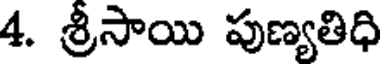
4. శ్రీసాయి పుణ్యతిధి